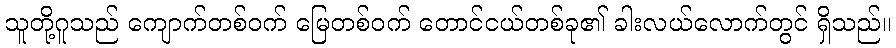
သူတို့ဂူသည် ကျောက်တစ်ဝက် မြေတစ်ဝက် တောင်ငယ်တစ်ခု၏ ခါးလယ်လောက်တွင် ရှိသည်။